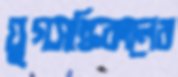
যুগসন্ধিকালের